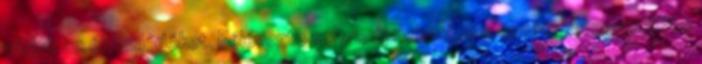
várjuk az érdeklődőket. Félévente 2000 új dekorációs termékkel egyedülálló